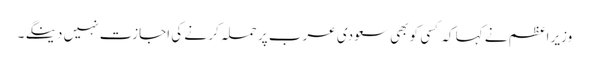
وزیر اعظم نے کہا کہ کسی کو بھی سعودی عرب پر حملہ کر نے کی اجازت نہیں دینگے ۔